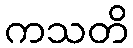
ကသတိ